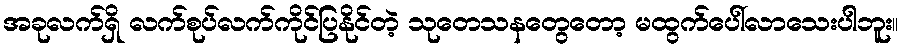
အခုလက်ရှိ လက်စုပ်လက်ကိုင်ပြနိုင်တဲ့ သုတေသနတွေတော့ မထွက်ပေါ်လာသေးပါဘူး။